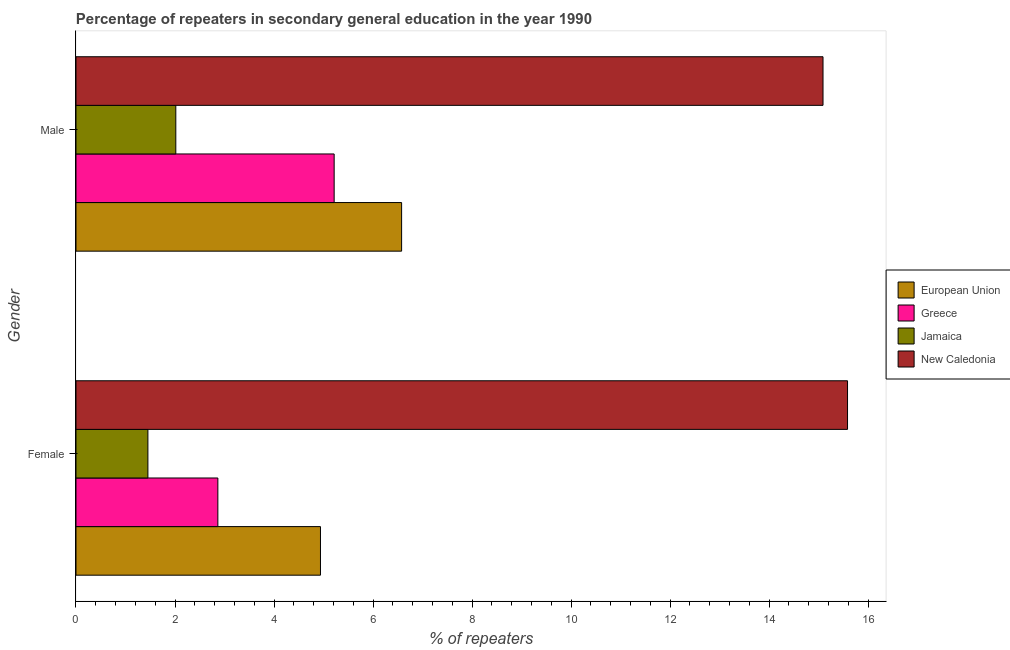
| Gender | European Union | Greece | Jamaica | New Caledonia |
 | --- | --- | --- | --- | --- |
 | Female | 4.94 | 2.87 | 1.45 | 15.6 |
 | Male | 6.58 | 5.21 | 2.02 | 15.1 |